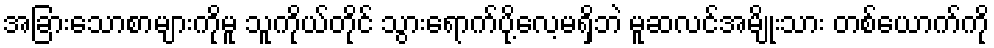
အခြားသောစာများကိုမူ သူကိုယ်တိုင် သွားရောက်ပို့လေ့မရှိဘဲ မူဆလင်အမျိုးသား တစ်ယောက်ကို